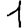
Digit: 1